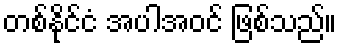
တစ်နိုင်ငံ အပါအဝင် ဖြစ်သည်။